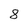
Character: 8